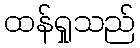
ထန်ရှုသည်